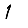
Digit: 1